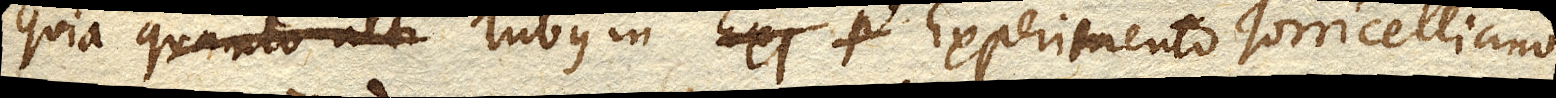
quia Tubus in Experimento Torricelliano